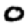
Digit: 0